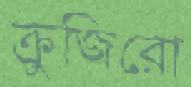
ক্রুজিরো